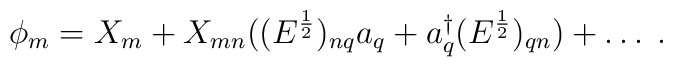
\phi_{m} = X_{m} + X_{mn}((E^{\frac{1}{2}})_{nq}a_{q} + a^{\dagger}_{q}(E^{\frac{1}{2}})_{qn}) + \ldots \; .